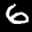
Label: 6